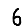
Digit: 6